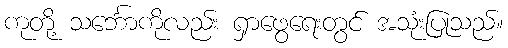
ကုတို့ သင်္ဘောကိုလည်း ရှာဖွေရေးတွင် အသုံးပြုသည်။